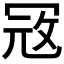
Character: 𭁵